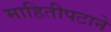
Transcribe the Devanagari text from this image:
माहितीपटाने